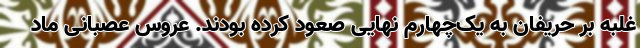
غلبه بر حریفان به یک‌چهارم نهایی صعود کرده بودند. عروس عصبانی ماد